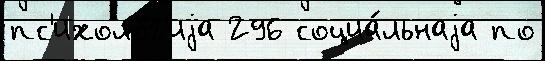
пс'ихоло́г'иjа 296 социа́льнаjа по